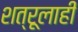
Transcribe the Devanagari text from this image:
शत्रूलाही